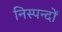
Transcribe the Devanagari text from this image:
निस्पन्दों